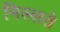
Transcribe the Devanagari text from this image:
मिल्लते